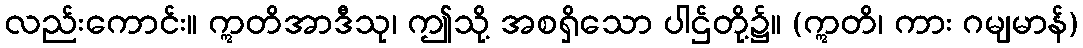
လည်းကောင်း။ ဣတိအာဒီသု၊ ဤသို့ အစရှိသော ပါဌ်တို့၌။ (ဣတိ၊ ကား ဂမျမာန်)